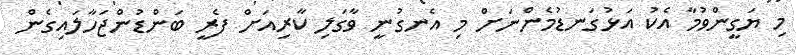
މި ޔަގީންވުމާ އެކު އަޅުގަނޑުމެންނަށް މި އެނގުނީ ވާގަލި ކާރިއަށް ފެރީ ބަންޑުންޖަހާލައިގެން